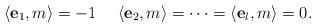
LaTeX: \begin{align*}\langle \mathbf{e}_1,m\rangle=-1 \ \ \ \ \langle \mathbf{e}_2,m\rangle=\cdots=\langle \mathbf{e}_{l},m\rangle=0.\end{align*}